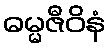
ဓမ္မဇီဝိနံ